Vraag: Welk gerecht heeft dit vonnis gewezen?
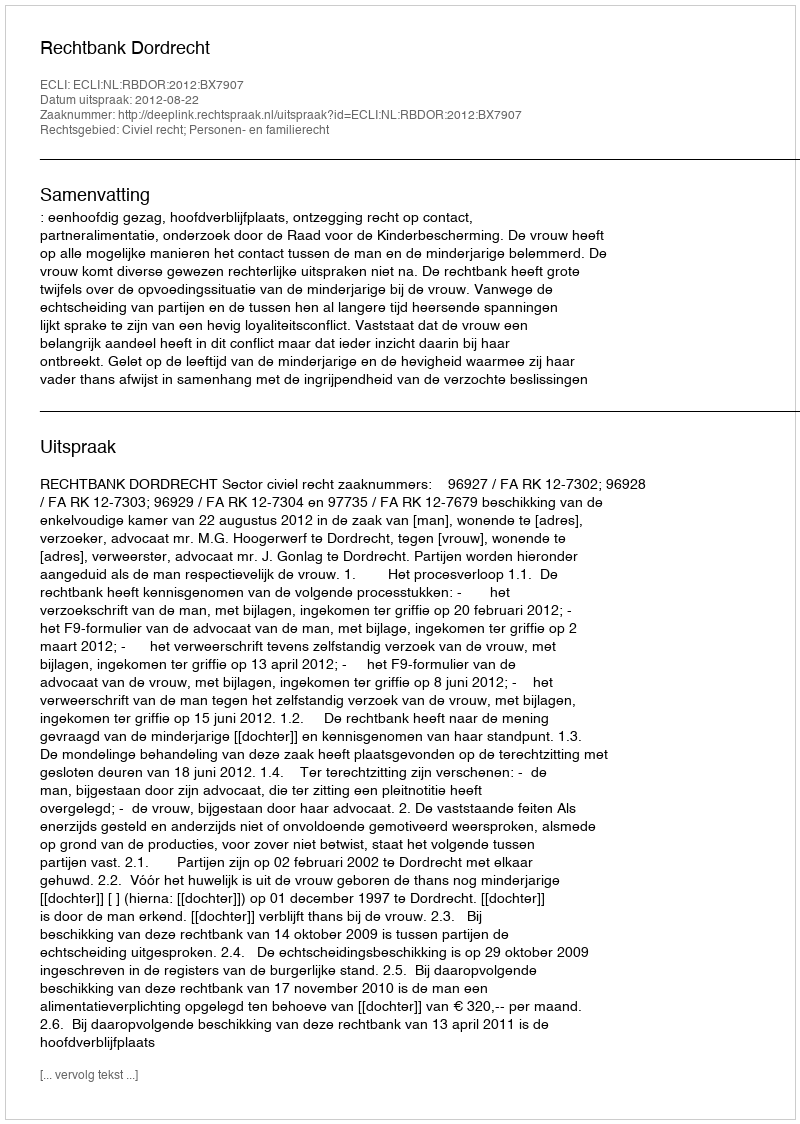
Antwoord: Rechtbank Dordrecht